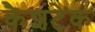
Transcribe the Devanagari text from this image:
कैशटेक